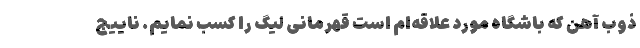
ذوب آهن که باشگاه مورد علاقه‌ام است قهرمانی لیگ را کسب نمایم. ناییج